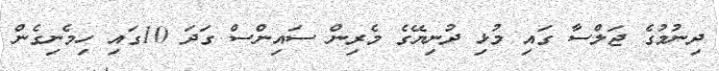
ދިނުމުގެ ޖަލްސާ ގައި މުޅި ދުނިޔޭގެ މެރިން ސައިންސް ގަދަ 10ގައި ހިމެނިގެން